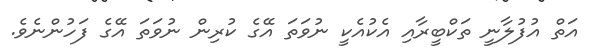
އަތް އުފުލާނީ ތަކްބީރާއި އެކުއެކީ ނުވަތަ އޭގެ ކުރިން ނުވަތަ އޭގެ ފަހުންނެވެ.